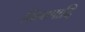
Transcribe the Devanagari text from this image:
विलापादि